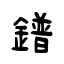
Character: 鐠